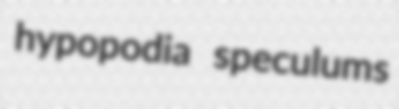
hypopodia speculums